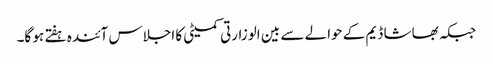
جبکہ بھاشا ڈیم کے حوالے سے بین الوزارتی کمیٹی کا اجلاس آئندہ ہفتے ہو گا۔